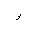
Letter: _waw